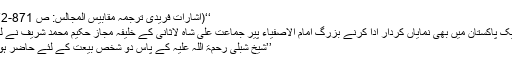
‘‘(اشاراتِ فریدی ترجمہ مقابیس المجالس: ص 871-872)
تحریک پاکستان میں بھی نمایاں کردار ادا کرنے بزرگ امام الاصفیاء پیر جماعت علی شاہ لاثانی کے خلیفہ مجاز حکیم محمد شریف نے لکھا:
’’شیخ شبلی رحمۃ اللہ علیہ کے پاس دو شخص بیعت کے لئے حاضر ہوئے۔